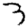
Digit: 3